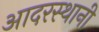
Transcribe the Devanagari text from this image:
आदरस्थानी